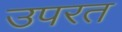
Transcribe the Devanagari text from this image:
उपरत